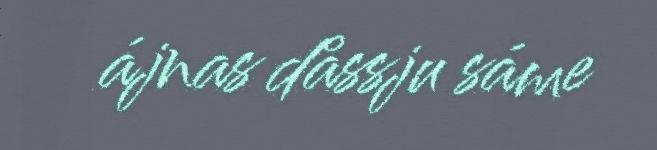
ájnas dåssju sáme